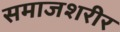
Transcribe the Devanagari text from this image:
समाजशरीर